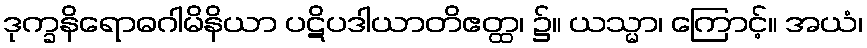
ဒုက္ခနိရောဓဂါမိနိယာ ပဋိပဒါယာတိဧတ္ထ၊ ၌။ ယသ္မာ၊ ကြောင့်။ အယံ၊